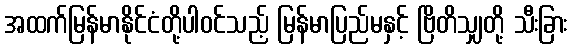
အထက်မြန်မာနိုင်ငံတို့ပါဝင်သည့် မြန်မာပြည်မနှင့် ဗြိတိသျှတို့ သီးခြား